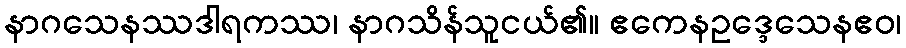
နာဂသေနဿဒါရကဿ၊ နာဂသိန်သူငယ်၏။ ဧကေနဥဒ္ဒေသေနဧဝ၊